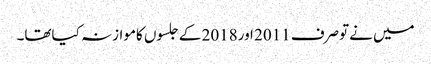
میں نےتوصرف 2011 اور2018 کےجلسوں کاموازنہ کیاتھا۔